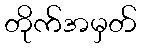
တိုက်အမှတ်